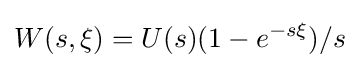
W(s,\xi )=U(s)(1-e^{-s\xi })/s